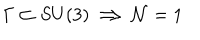
\Gamma \subset S U ( 3 ) \Longrightarrow { \cal N } = 1